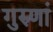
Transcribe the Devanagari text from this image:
गुरुणां